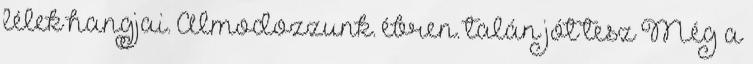
lélek hangjai. Álmodozzunk. ébren. talán jót tesz Még a